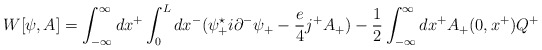
\begin{align*}W[{\psi},A] = \int_{-\infty}^{\infty} dx^{+} \int_0^L dx^{-} ({\psi}_{+}^{\star} i {\partial}^{-} {\psi}_{+} - \frac{e}{4} j^{+}A_{+} ) - \frac{1}{2} \int_{-\infty}^{\infty}dx^{+} A_{+}(0,x^{+}) Q^{+}\end{align*}